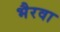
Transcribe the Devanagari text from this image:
भैरवा